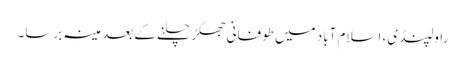
راولپنڈی، اسلام آباد میں طوفانی جھکڑ چلنے کے بعد مینہ برسا۔